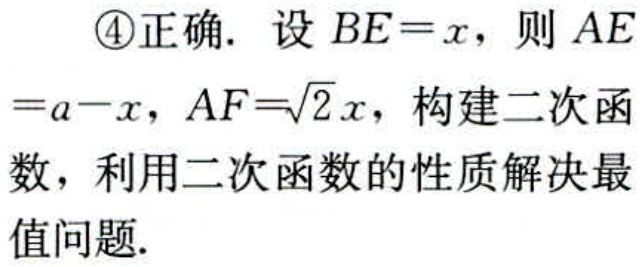
\textcircled{4}正确. 设 \(BE = x\)，则 \(AE=a - x\)，\(AF = \sqrt{2}x\)，构建二次函数，利用二次函数的性质解决最值问题.